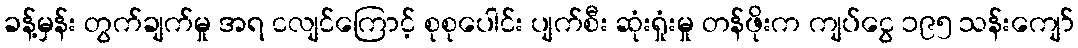
ခန့်မှန်း တွက်ချက်မှု အရ ငလျင်ကြောင့် စုစုပေါင်း ပျက်စီး ဆုံးရှုံးမှု တန်ဖိုးက ကျပ်ငွေ ၁၉၅ သန်းကျော်